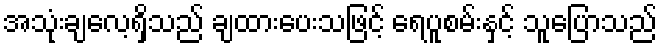
အသုံးချလေ့ရှိသည် ချထားပေးသဖြင့် ရေပူစမ်းနှင့် သူပြောသည်